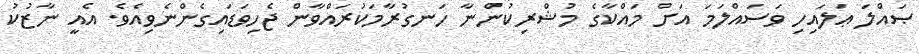
ޞައްލަ ޢަލައިހި ވަސައްލަމަ އަށް މައްކާގެ މުޝްރިކުންނާ ހަނގުރާމަކުރައްވާން ޖެހިވަޑައިގެންނެވިއެވެ. އެއީ ނާޒުކު